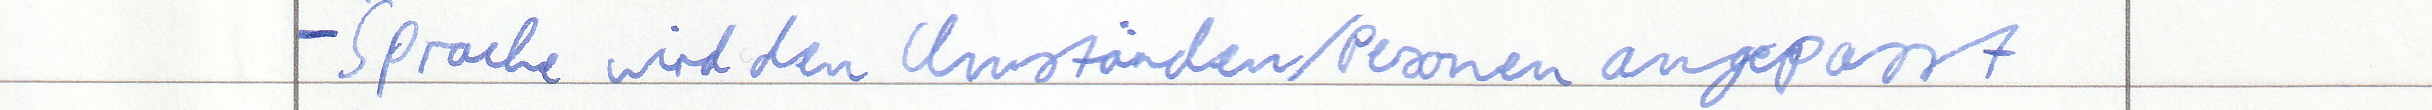
- Sprache wird den Umständen / Personen angepasst